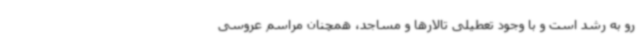
رو به رشد است و با وجود تعطیلی تالارها و مساجد، همچنان مراسم عروسی